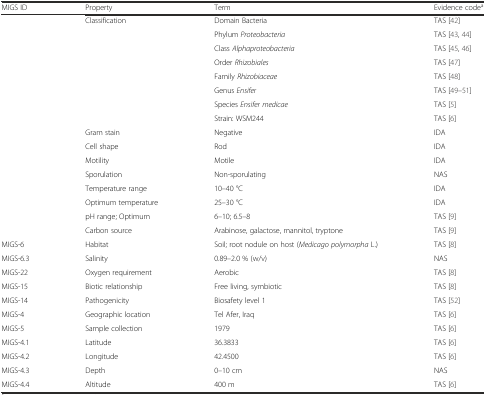
| MIGS ID | Property | Term | Evidence codea |
 | --- | --- | --- | --- |
 |  | Classification | Domain Bacteria | TAS [42] |
 |  |  | Phylum Proteobacteria | TAS [43, 44] |
 |  |  | Class Alphaproteobacteria | TAS [45, 46] |
 |  |  | Order Rhizobiales | TAS [47] |
 |  |  | Family Rhizobiaceae | TAS [48] |
 |  |  | Genus Ensifer | TAS [49–51] |
 |  |  | Species Ensifer medicae | TAS [5] |
 |  |  | Strain: WSM244 | TAS [6] |
 |  | Gram stain | Negative | IDA |
 |  | Cell shape | Rod | IDA |
 |  | Motility | Motile | IDA |
 |  | Sporulation | Non-sporulating | NAS |
 |  | Temperature range | 10–40 °C | IDA |
 |  | Optimum temperature | 25–30 °C | IDA |
 |  | pH range; Optimum | 6–10; 6.5–8 | TAS [9] |
 |  | Carbon source | Arabinose, galactose, mannitol, tryptone | TAS [9] |
 | MIGS-6 | Habitat | Soil; root nodule on host (Medicago polymorpha L.) | TAS [8] |
 | MIGS-6.3 | Salinity | 0.89–2.0 % (w/v) | NAS |
 | MIGS-22 | Oxygen requirement | Aerobic | TAS [8] |
 | MIGS-15 | Biotic relationship | Free living, symbiotic | TAS [8] |
 | MIGS-14 | Pathogenicity | Biosafety level 1 | TAS [52] |
 | MIGS-4 | Geographic location | Tel Afer, Iraq | TAS [6] |
 | MIGS-5 | Sample collection | 1979 | TAS [6] |
 | MIGS-4.1 | Latitude | 36.3833 | TAS [6] |
 | MIGS-4.2 | Longitude | 42.4500 | TAS [6] |
 | MIGS-4.3 | Depth | 0–10 cm | NAS |
 | MIGS-4.4 | Altitude | 400 m | TAS [6] |